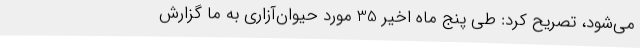
می‌شود، تصریح کرد: طی پنج ماه اخیر 35 مورد حیوان‌آزاری به ما گزارش